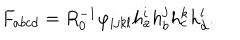
LaTeX: F _ { a b c d } = R _ { 0 } ^ { - 1 } \varphi _ { i j k l } h _ { a } ^ { i } h _ { b } ^ { j } h _ { c } ^ { k } h _ { d } ^ { l } .